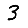
Digit: 3